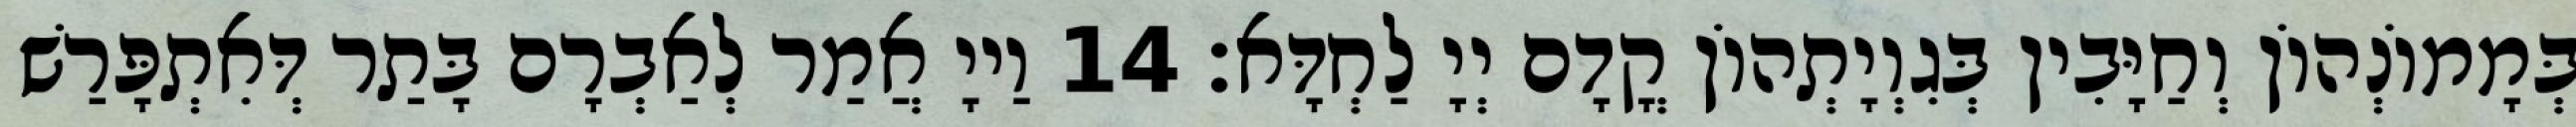
בְּמָמוֹנְהוֹן וְחַיָּבִין בְּגִוְיָתְהוֹן קֳדָם יְיָ לַחְדָּא׃ 14 וַייָ אֲמַר לְאַבְרָם בָּתַר דְּאִתְפָּרַשׁ